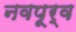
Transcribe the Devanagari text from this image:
नवपूर्व